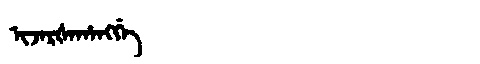
Manchu: ᡳᠵᠠᡵᡧᠠᡥᠠᠩᡤᡝ
Romanization: IJARŠAHANGGE